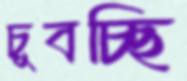
চুবচ্ছি